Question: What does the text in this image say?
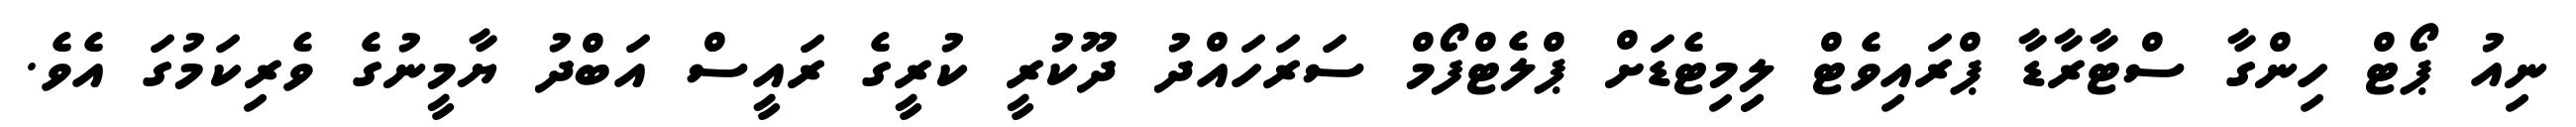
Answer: ނިއު ޕޯޓް ހިންގާ ސްޓާރާޑާ ޕްރައިވެޓް ލިިމިޓެޑަށް ޕްލެޓްފޯމް ސަރަހައްދު ދޫކުރީ ކުރީގެ ރައީސް އަބްދު ޔާމީނުގެ ވެރިކަމުގަ އެވެ.